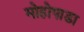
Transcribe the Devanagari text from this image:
मोहोपाडा